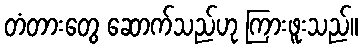
တံတားတွေ ဆောက်သည်ဟု ကြားဖူးသည်။